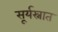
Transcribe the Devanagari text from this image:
सूर्यस्नात